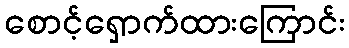
စောင့်ရှောက်ထားကြောင်း